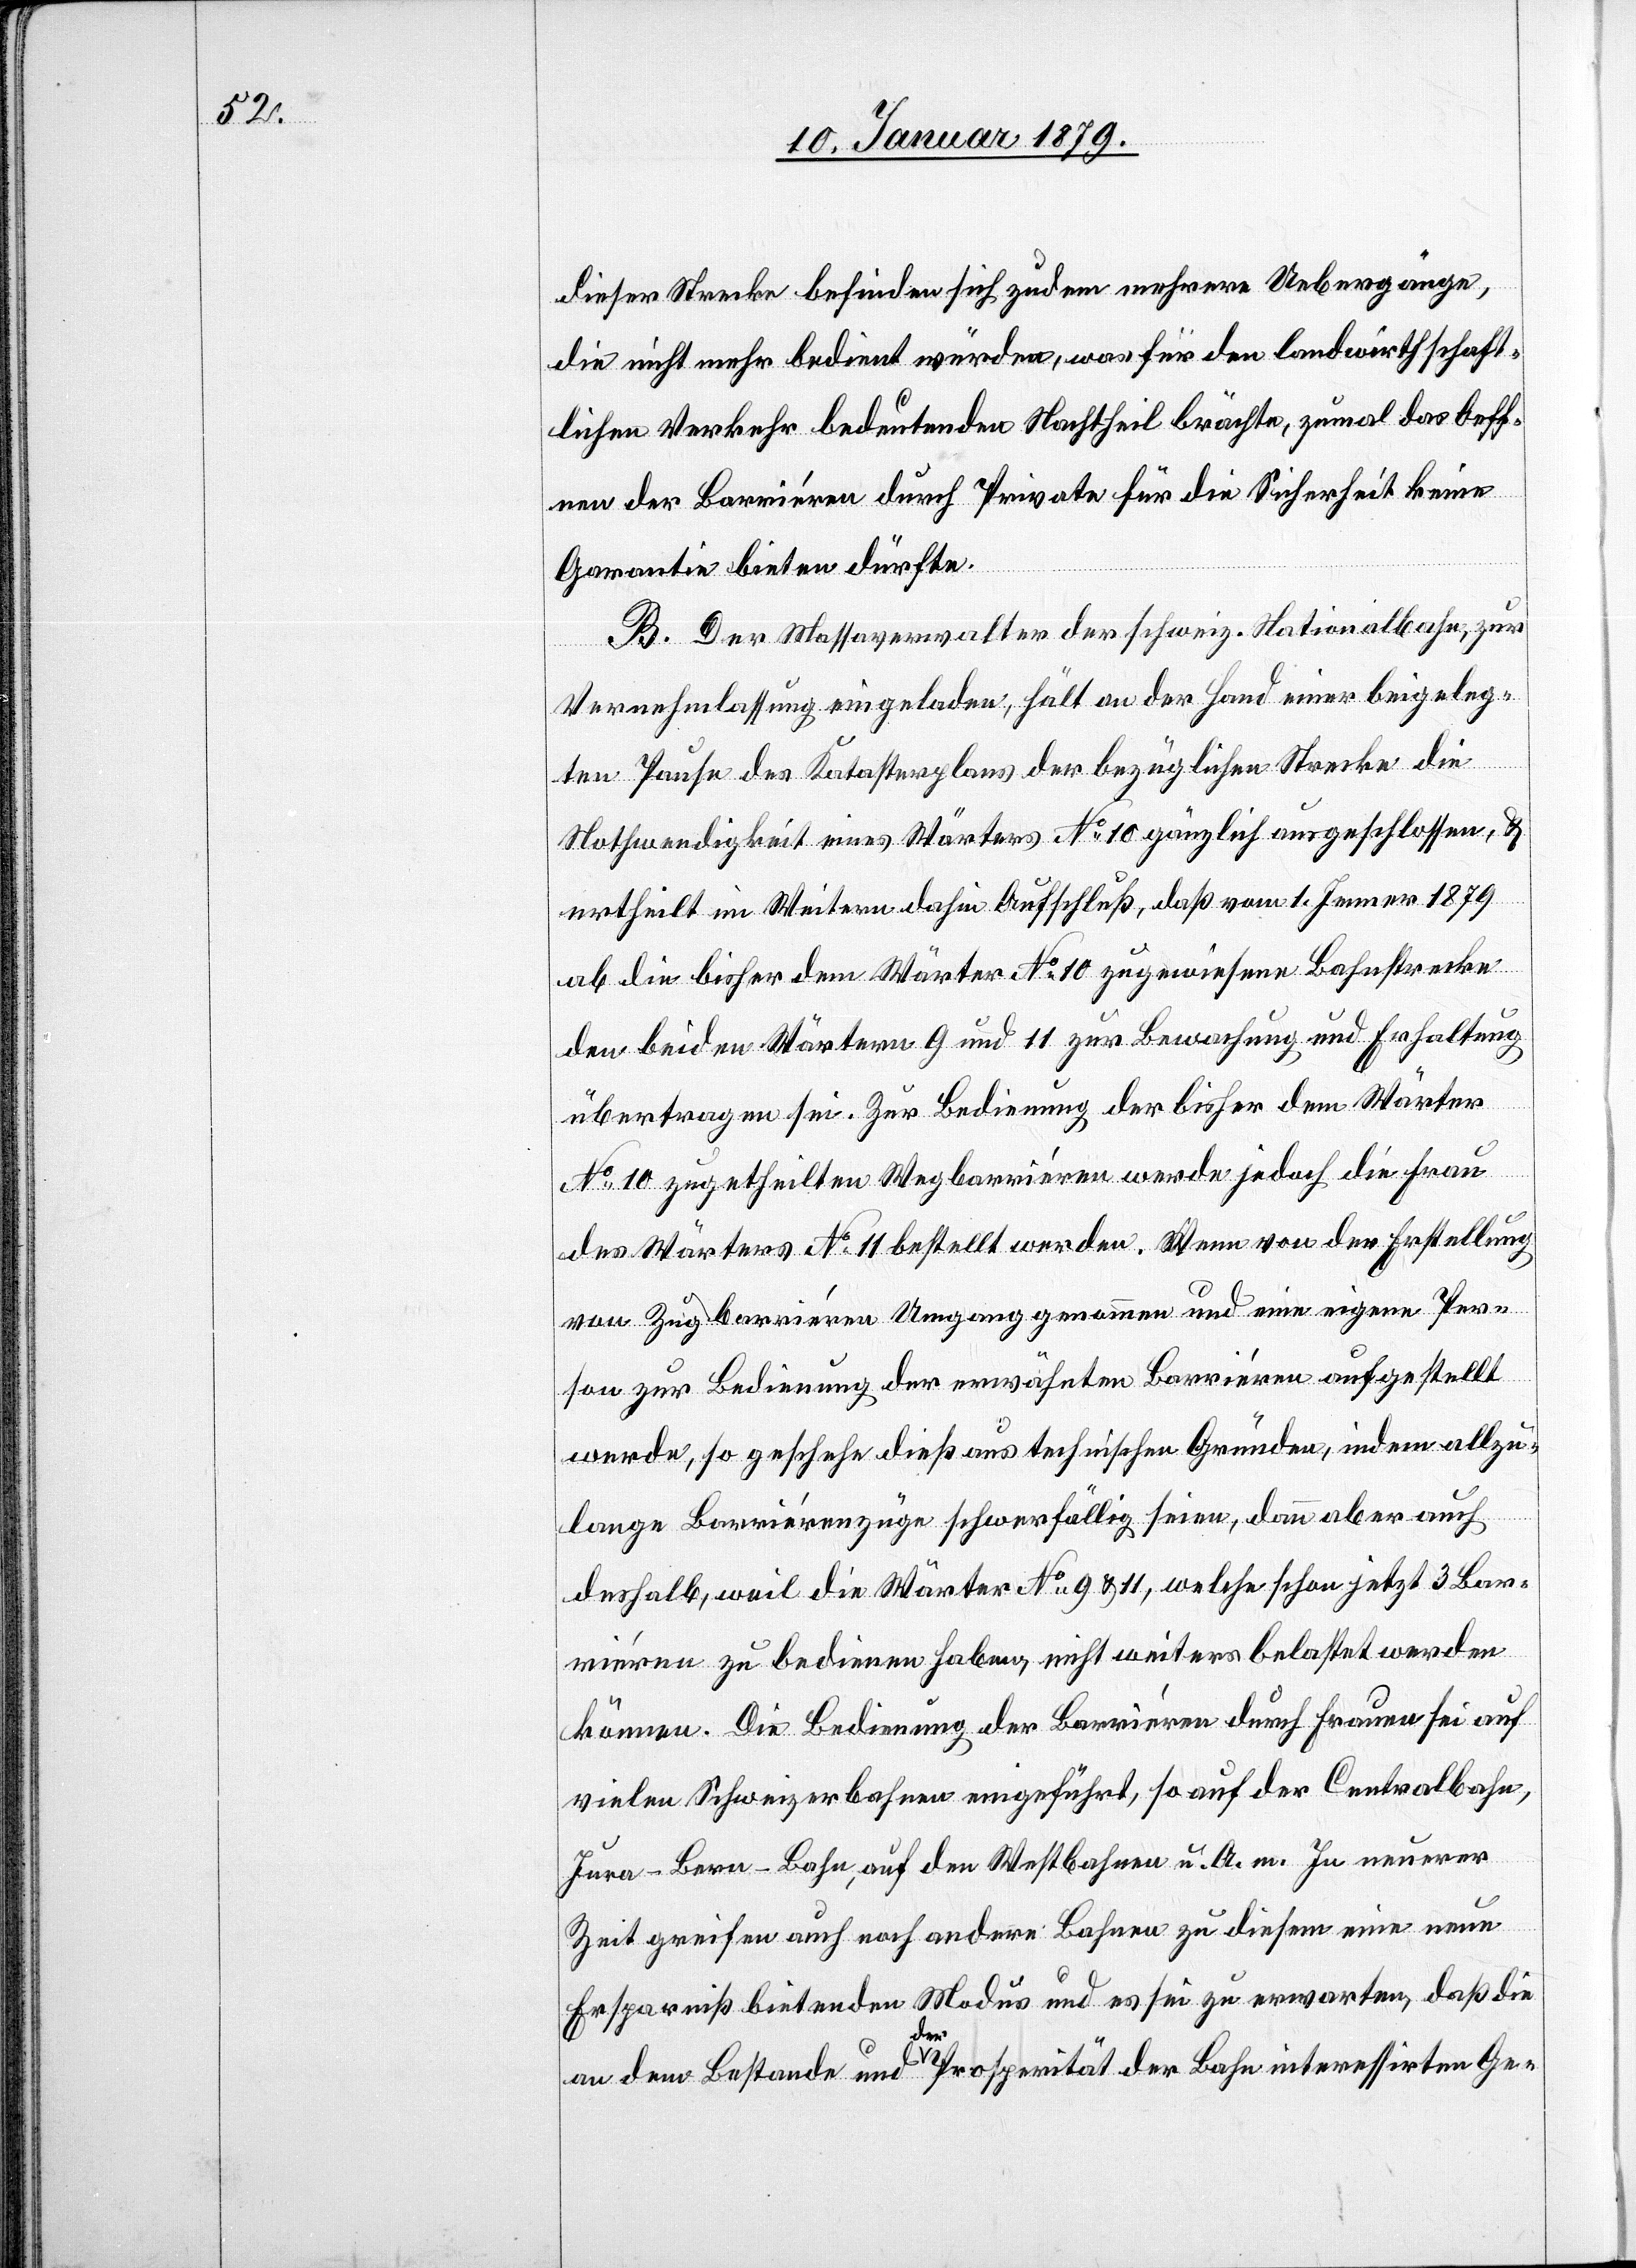
dieser Strecke befinden sich zudem mehrere Uebergänge,
die nicht mehr bedient würden, was für den landwirthschaft¬
lichen Verkehr bedeutenden Nachtheil brächte, zumal das Oeff¬
nen der Barriéren [sic!] durch Private für die Sicherheit keine
Garantie bieten dürfte.
B. Der Massaverwalter der schweiz. Nationalbahn, zur
Vernehmlassung eingeladen, hält an der Hand einer beigeleg¬
ten Pause des Katasterplans der bezüglichen Strecke die
Nothwendigkeit eines Wärters No 10 gänzlich ausgeschlossen, &
ertheilt im Weitern dahin Aufschluß, daß vom 1. Jenner 1879
ab die bisher dem Wärter No 10 zugewiesene Bahnstrecke
den beiden Wärtern 9 und 11 zur Bewachung und Erhaltung
übertragen sei. Zur Bedienung der bisher dem Wärter
No 10 zugetheilten Wegbarriéren werde jedoch die Frau
des Wärters No 11 bestellt werden. Wenn von der Erstellung
von Zugbarriéren Umgang genommen und eine eigene Per¬
son zur Bedienung der erwähnten Barriéren aufgestellt
werde, so geschehe dieß aus technischen Gründen, indem allzu¬
lange Barriérenzüge schwerfällig seien, dann aber auch
deshalb, weil die Wärter No 9 & 11, welche schon jetzt 3 Bar¬
riéren zu bedienen haben, nicht weiters belastet werden
können. Die Bedienung der Barriéren durch Frauen sei auf
vielen Schweizerbahnen eingeführt, so auf der Centralbahn,
Jura–Bern-Bahn, auf den Westbahnen u. A. m. In neuerer
Zeit greifen auch noch andere Bahnen zu diesem eine neue
Ersparniß bietenden Modus und es sei zu erwarten, daß die
an dem Bestande und a-der-a Prosperität der Bahn interessirten Ge-